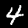
Label: 4